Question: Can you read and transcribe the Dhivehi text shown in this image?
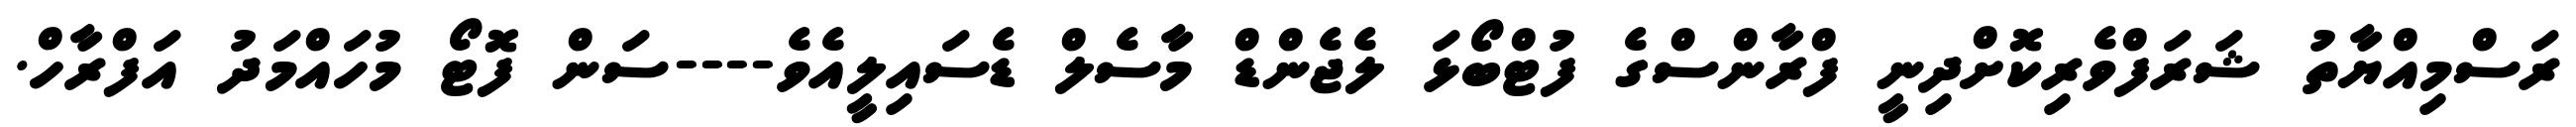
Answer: ރަސްމިއްޔާތު ޝަރަފްވެރިކޮށްދިނީ ފްރާންސްގެ ފުޓްބޯޅަ ލެޖެންޑް މާސެލް ޑެސައިލީއެވެ----ސަން ފޮޓޯ މުހައްމަދު އަފްރާހް.